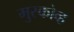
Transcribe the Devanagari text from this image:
मुस्कोव्ह